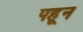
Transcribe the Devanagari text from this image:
पहून